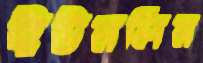
ইউনলিন